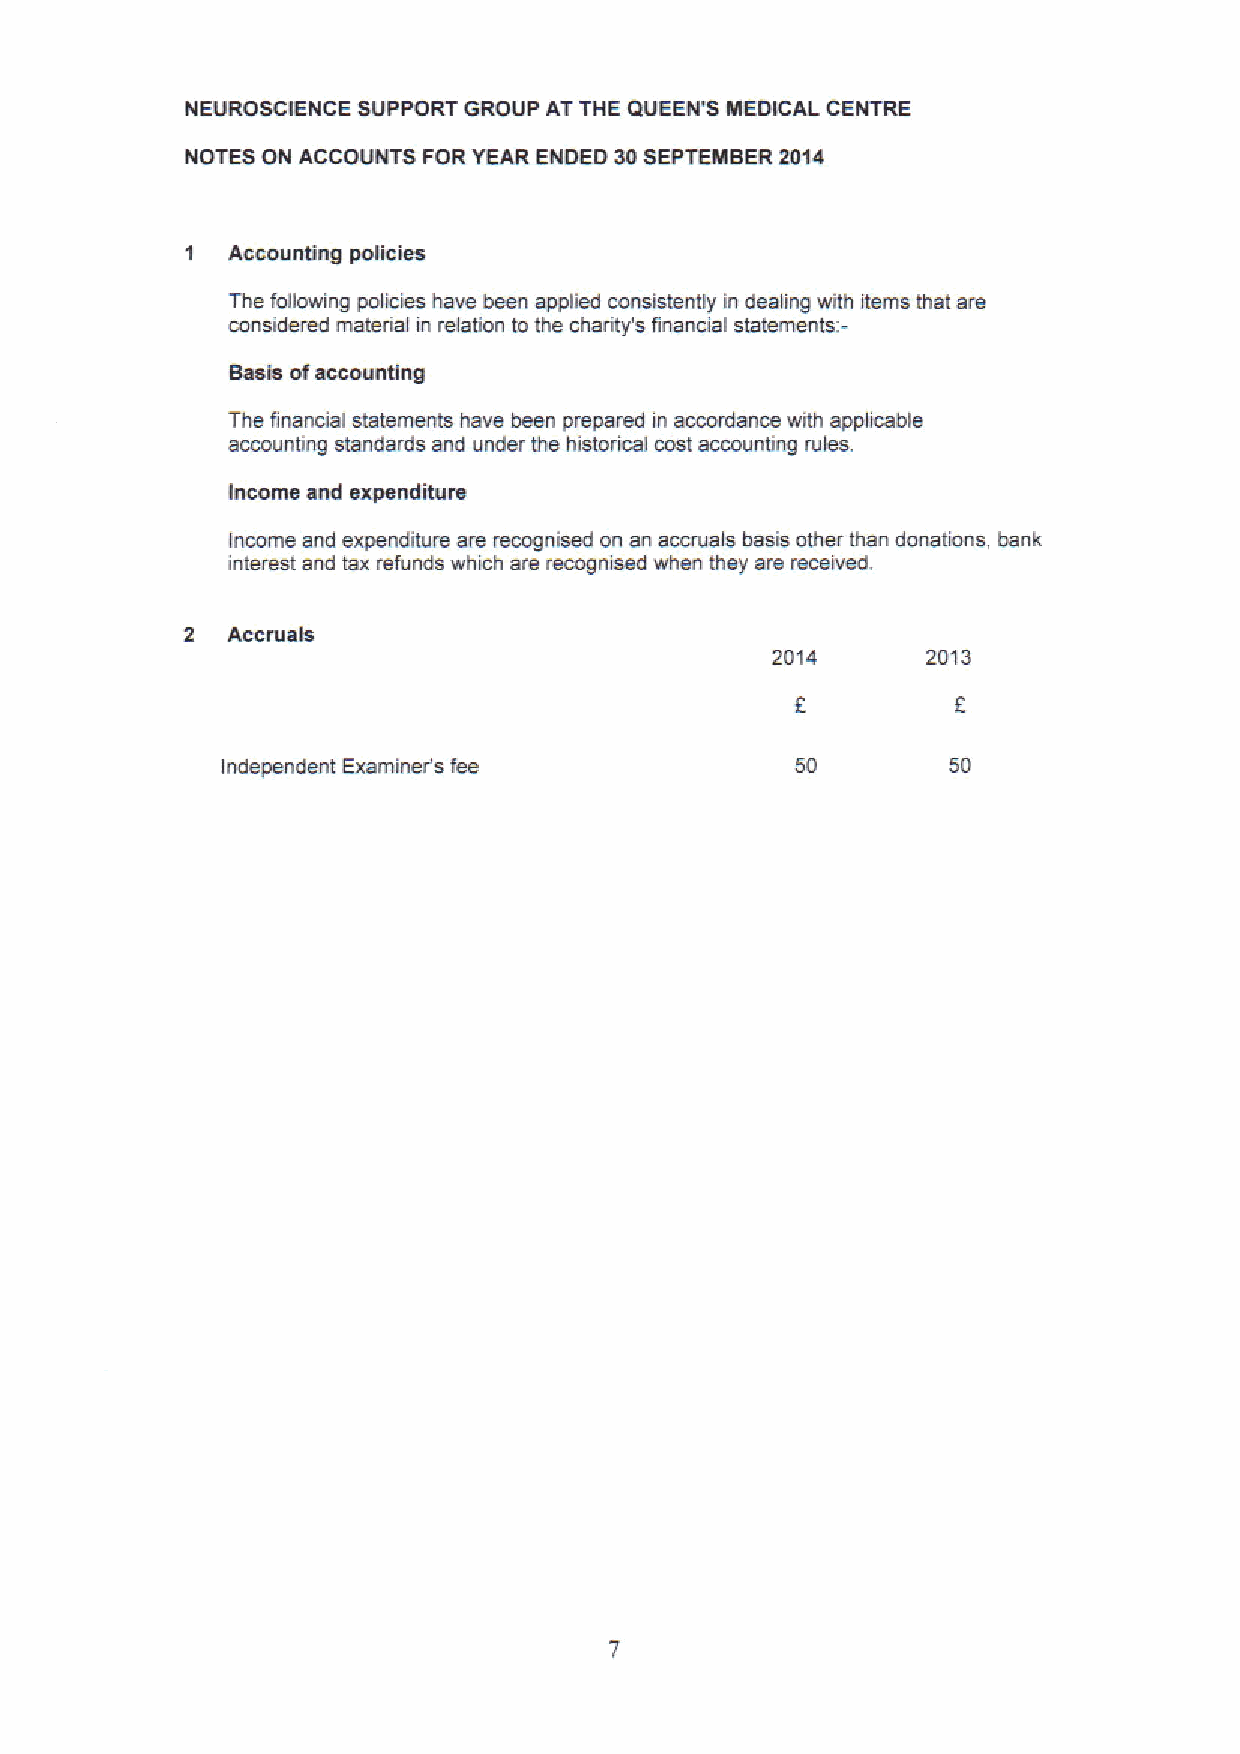
NEUROSCIENCE SUPPORT GROUP AT THE OUEEN'8 MEDICAL CENTRE
 NOTES ON ACCOUNTS FOR YEAR ENDED 30SEPTEMBER 20t4
 1  Accounting policies
 The following policies have been applied consistently in dealing with rlems that are
 considered malarial in relation to the charity's financial statements:—
 Basis ofaccounting
 The financial statements have been prepared in accordance with applicable
 accounting standards and under the historical cost accounting rules.
 income and expenditure
 Income and expenditure are recogrtised on an accruals basis other than donations, bank
 interest and tax refunds which are recognised when they are recenred.
 2  Accreals
 2014      2013
 Independent Examiner's fee            50        50